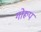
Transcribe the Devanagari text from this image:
गोरूप